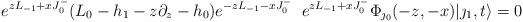
LaTeX: \begin{align*}e^{zL_{-1}+xJ^-_0}(L_0 -h_1 -z\partial_z-h_0) e^{-zL_{-1}-xJ^-_0} \;\;e^{zL_{-1}+xJ^-_0}\Phi_{\jmath_0}(-z,-x)|\jmath_1,t\rangle =0\end{align*}